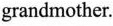
grandmother.